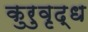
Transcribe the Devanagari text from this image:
कुरुवृद्ध